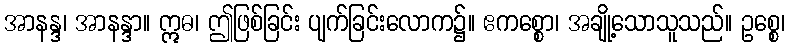
အာနန္ဒ၊ အာနန္ဒာ။ ဣဓ၊ ဤဖြစ်ခြင်း ပျက်ခြင်းလောက၌။ ဧကစ္စော၊ အချို့သောသူသည်။ ဥစ္စေ၊